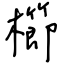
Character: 櫛